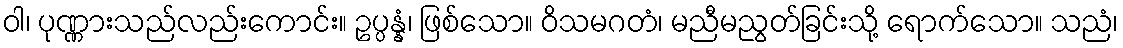
ဝါ၊ ပုဏ္ဏားသည်လည်းကောင်း။ ဥပ္ပန္နံ၊ ဖြစ်သော။ ဝိသမဂတံ၊ မညီမညွတ်ခြင်းသို့ ရောက်သော။ သညံ၊